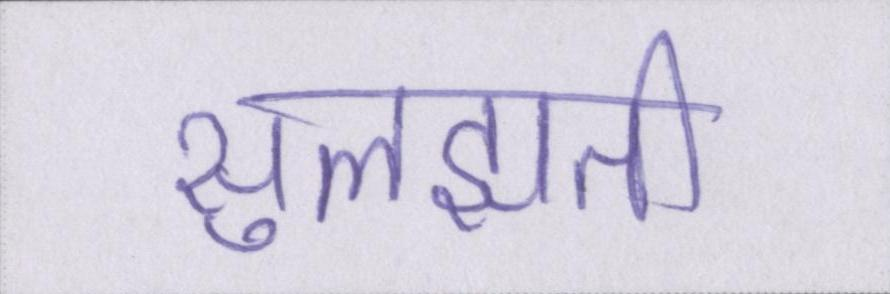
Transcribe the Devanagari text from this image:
सुलझती